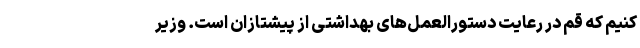
کنیم که قم در رعایت دستورالعمل‌های بهداشتی از پیشتازان است. وزیر